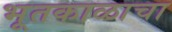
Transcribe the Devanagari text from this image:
भूतकाळाचा